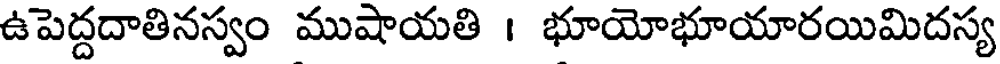
ఉపెద్దదాతినస్వం ముషాయతి । భూయోభూయారయిమిదస్య